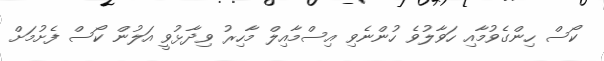
ކޯސް ހިންގެވުމާއި ހަވާލުވެ ހުންނެވި އިސްމާއިލް މާހިރު ވިދާޅުވީ އަލުން ކޯސް ފެށުމަށް